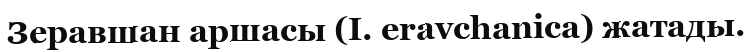
Зеравшан аршасы (І. eravchanіca) жатады.